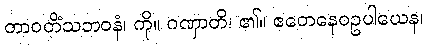
တာဝတိံသဘဝနံ၊ ကို။ ဂဏှာတိ၊ ၏။ ဧတေနေဝဥပါယေန၊